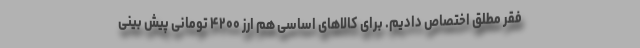
فقر مطلق اختصاص دادیم. برای کالاهای اساسی هم ارز ۴۲۰۰ تومانی پیش بینی